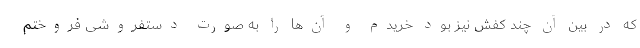
که در بین آن چند کفش نیز بود خریدم و آن‌ها را به صورت دستفروشی فروختم